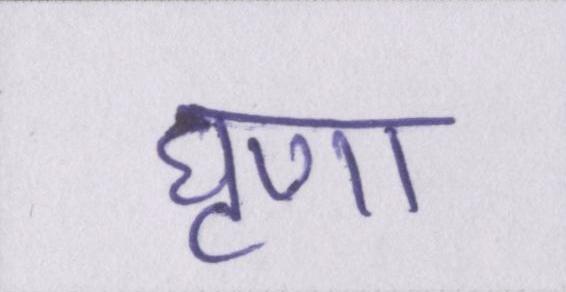
घृणा